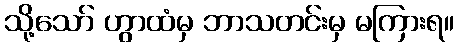
သို့သော် ဟွာထံမှ ဘာသတင်းမှ မကြားရ။